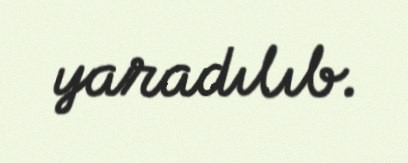
yaradılıb.